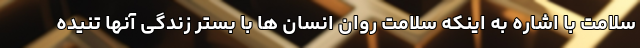
سلامت با اشاره به اینکه سلامت روان انسان ها با بستر زندگی آنها تنیده